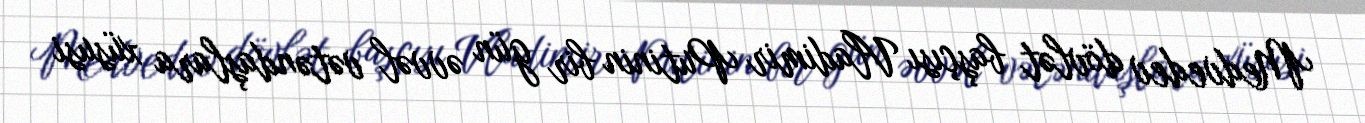
Medvedev dövlət başçısı Vladimir Putinin bir gün əvvəl vətəndaşlara xüsusi